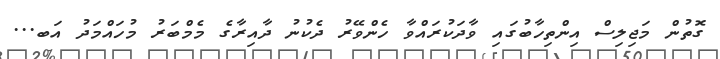
ގޮތުން މަޖިލިސް އިންތިހާބުގައި ވާދަކުރައްވާ ހެންވޭރު ދެކުނު ދާއިރާގެ މެމްބަރު މުހައްމަދު އަބ...